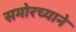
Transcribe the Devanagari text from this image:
समोरच्याने